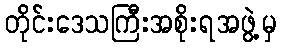
တိုင်းဒေသကြီးအစိုးရအဖွဲ့မှ